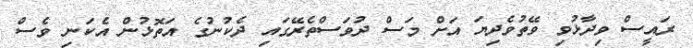
ރައީސް ވިދާޅުވި ވޭތުވެދިޔަ އަށް މަސް ދުވަސްތެރޭގައި ދެކުނުގެ އަތޮޅުން އެކަނި ވެސް